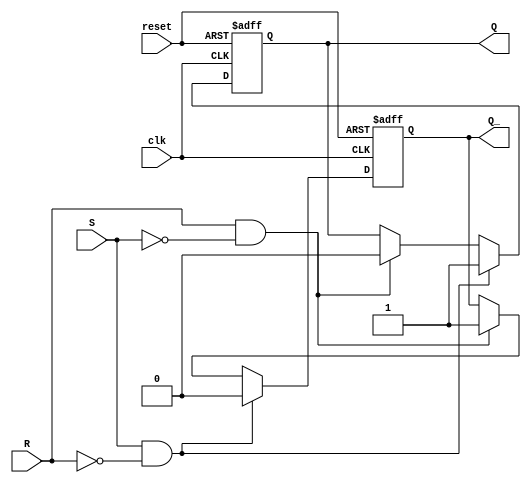
module sr_ff (
  input clk,
  input reset,
  input S,
  input R,
  output reg Q,
  output reg Q_
);

always @(posedge clk or posedge reset) begin
  if (reset) begin
    Q <= 0;
    Q_ <= 1;
  end else begin
    if (S && !R) begin
      Q <= 1;
      Q_ <= 0;
    end else if (R && !S) begin
      Q <= 0;
      Q_ <= 1;
    end
  end
end

endmodule